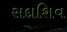
સદાશિવ